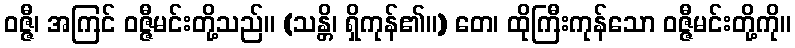
ဝဇ္ဇီ၊ အကြင် ဝဇ္ဇီမင်းတို့သည်။ (သန္တိ၊ ရှိကုန်၏။) တေ၊ ထိုကြီးကုန်သော ဝဇ္ဇီမင်းတို့ကို။